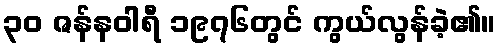
၃၀ ဇန်နဝါရီ ၁၉၇၆တွင် ကွယ်လွန်ခဲ့၏။